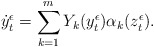
\begin{align*}\dot y_t^\epsilon=\sum_{k=1}^m Y_k(y_t^\epsilon)\alpha_k(z_t^\epsilon).\end{align*}